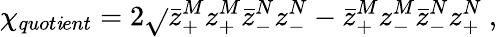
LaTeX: {\chi}_{quot\mathit{i}ent}=2\sqrt{}{{\bar{{z}}_{+}^{M}z_{+}^{M}\bar{{z}}_{-}^{N}z_{-}^{N}-\bar{{z}}_{+}^{M}z_{-}^{M}\bar{{z}}_{-}^{N}z_{+}^{N}}}\ ,